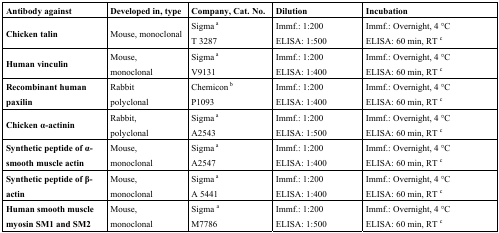
| Antibody against | Developed in, type | Company, Cat. No. | Dilution | Incubation |
 | --- | --- | --- | --- | --- |
 | Chicken talin | Mouse, monoclonal | Sigma aT 3287 | Immf.: 1:200ELISA: 1:500 | Immf.: Overnight, 4 °CELISA: 60 min, RT c |
 | Human vinculin | Mouse, monoclonal | Sigma aV9131 | Immf.: 1:200ELISA: 1:400 | Immf.: Overnight, 4 °CELISA: 60 min, RT c |
 | Recombinant human paxilin | Rabbit polyclonal | Chemicon bP1093 | Immf.: 1:200ELISA: 1:400 | Immf.: Overnight, 4 °CELISA: 60 min, RT c |
 | Chicken α-actinin | Rabbit, polyclonal | Sigma aA2543 | Immf.: 1:200ELISA: 1:500 | Immf.: Overnight, 4 °CELISA: 60 min, RT c |
 | Synthetic peptide of α-smooth muscle actin | Mouse, monoclonal | Sigma aA2547 | Immf.: 1:200ELISA: 1:400 | Immf.: Overnight, 4 °CELISA: 60 min, RT c |
 | Synthetic peptide of β-actin | Mouse, monoclonal | Sigma aA 5441 | Immf.: 1:200ELISA: 1:400 | Immf.: Overnight, 4 °CELISA: 60 min, RT c |
 | Human smooth muscle myosin SM1 and SM2 | Mouse, monoclonal | Sigma aM7786 | Immf.: 1:200ELISA: 1:500 | Immf.: Overnight, 4 °CELISA: 60 min, RT c |